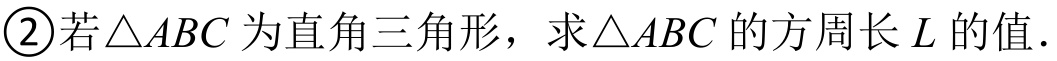
\textcircled{2}若$\triangle ABC$为直角三角形，求$\triangle ABC$的方周长$L$的值．